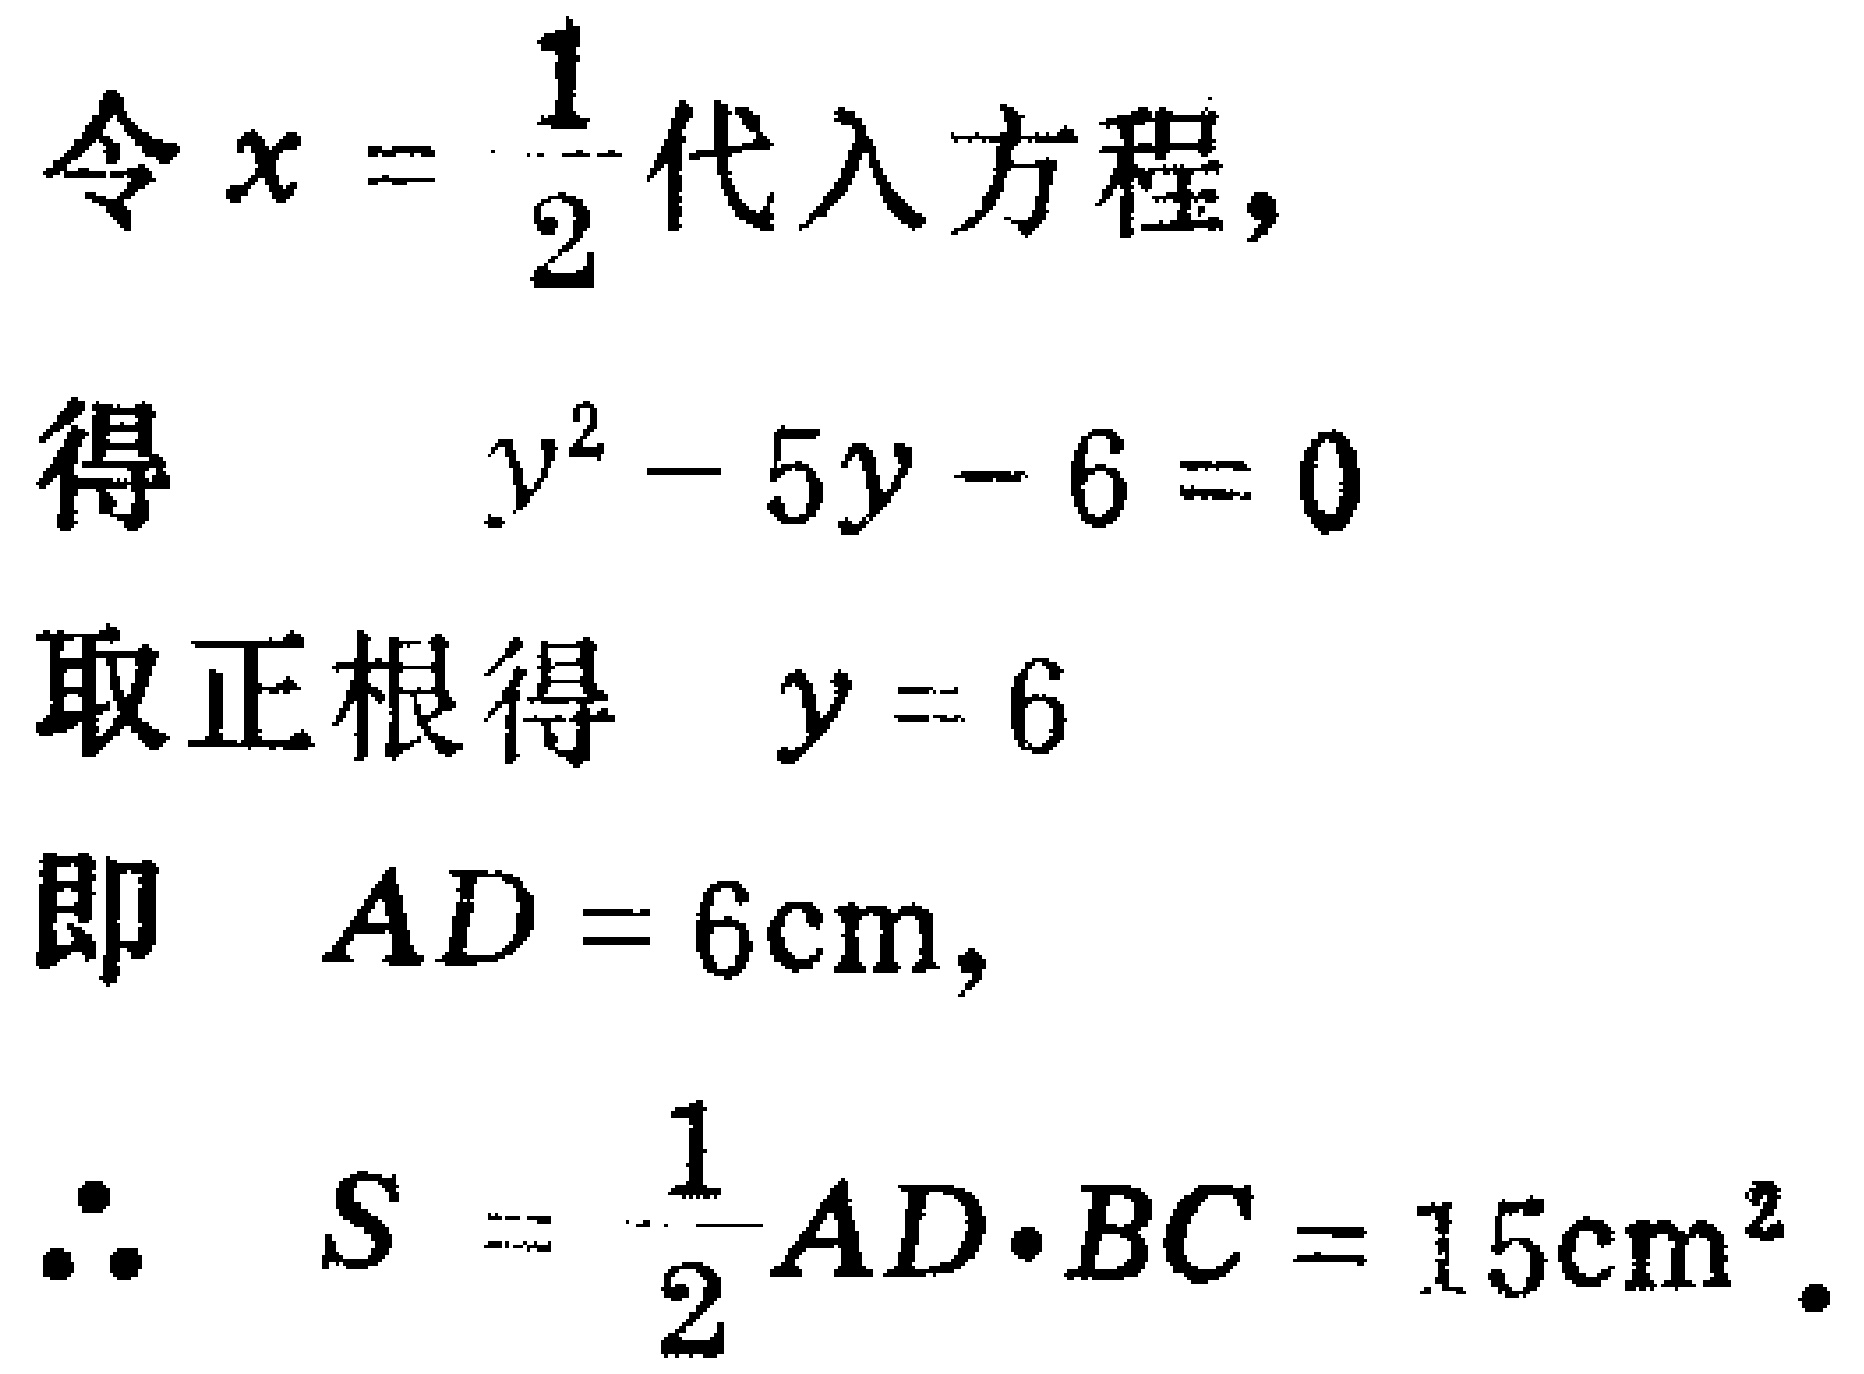
令\(x = \frac{1}{2}\)代入方程，
得 \(y^{2} - 5y - 6 = 0\)
取正根得 \(y = 6\)
即 \(AD = 6\text{cm}\)，
\(\therefore S = \frac{1}{2}AD\cdot BC = 15\text{cm}^{2}\).